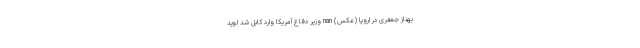
بهناز جعفری در اروپا (عکس) nan وزیر دفاع آمریکا وارد کابل شد لوید